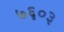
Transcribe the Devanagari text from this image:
७६०३